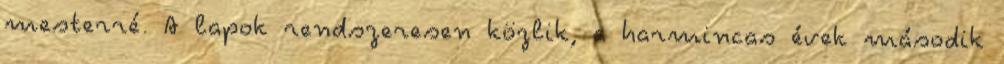
mesterré. A lapok rendszeresen közlik, a harmincas évek második